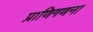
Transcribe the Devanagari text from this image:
प्राणिगणना